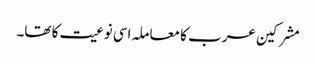
مشرکین عرب کا معاملہ اسی نوعیت کا تھا۔